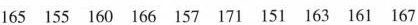
165 155 160 166 157 171 151 163 161 167